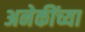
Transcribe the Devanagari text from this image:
अनेकींच्या